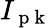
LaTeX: I_{\mathrm{~p~k~}}